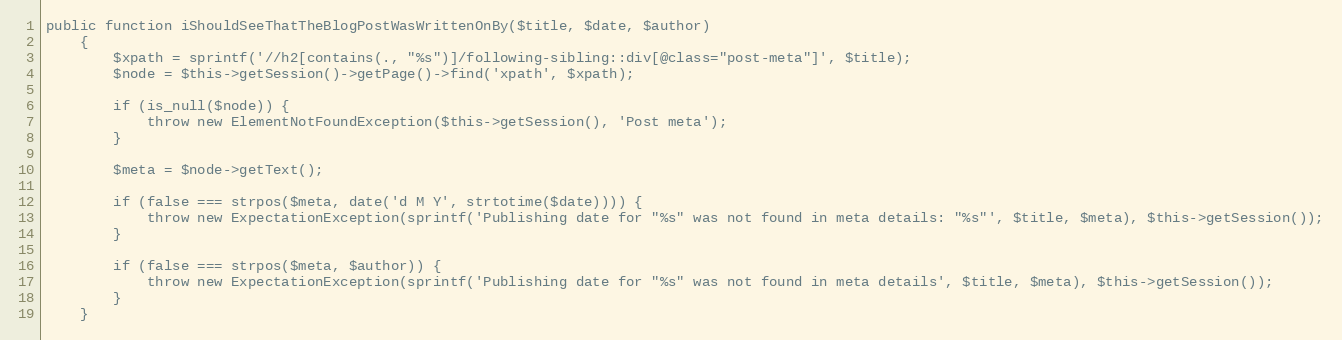
Language: PHP
public function iShouldSeeThatTheBlogPostWasWrittenOnBy($title, $date, $author)
    {
        $xpath = sprintf('//h2[contains(., "%s")]/following-sibling::div[@class="post-meta"]', $title);
        $node = $this->getSession()->getPage()->find('xpath', $xpath);

        if (is_null($node)) {
            throw new ElementNotFoundException($this->getSession(), 'Post meta');
        }

        $meta = $node->getText();

        if (false === strpos($meta, date('d M Y', strtotime($date)))) {
            throw new ExpectationException(sprintf('Publishing date for "%s" was not found in meta details: "%s"', $title, $meta), $this->getSession());
        }

        if (false === strpos($meta, $author)) {
            throw new ExpectationException(sprintf('Publishing date for "%s" was not found in meta details', $title, $meta), $this->getSession());
        }
    }